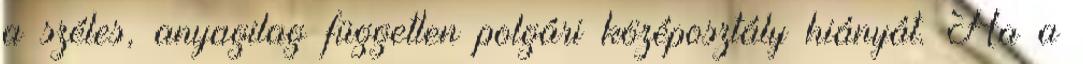
a széles, anyagilag független polgári középosztály hiányát. Ha a